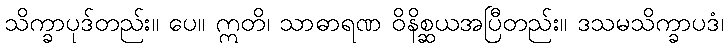
သိက္ခာပုဒ်တည်း။ ပေ။ ဣတိ၊ သာဓာရဏ ဝိနိစ္ဆယအပြီတည်း။ ဒသမသိက္ခာပဒံ၊